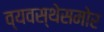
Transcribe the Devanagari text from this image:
व्यवस्थेसमोर